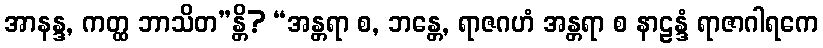
အာနန္ဒ, ကတ္ထ ဘာသိတ”န္တိ? “အန္တရာ စ, ဘန္တေ, ရာဇဂဟံ အန္တရာ စ နာဠန္ဒံ ရာဇာဂါရကေ